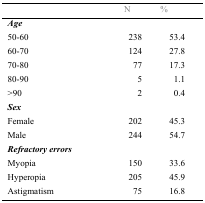
|  | N | % |
 | --- | --- | --- |
 | Age |  |  |
 | 50-60 | 238 | 53.4 |
 | 60-70 | 124 | 27 |
 | 70-80 | 77 | 17.3 |
 | 80-90 | 5 | 1.1 |
 | >90 | 2 | 0.4 |
 | Sex |  |  |
 | Female | 202 | 45.3 |
 | Male | 244 | 54.7 |
 | Refractory errors |  |  |
 | Myopia | 150 | 33.6 |
 | Hyperopia | 205 | 45.9 |
 | Astigmatism | 75 | 16.8 |